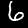
Label: 6